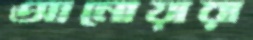
আনোয়ারা